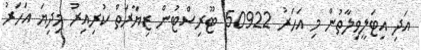
އަދި އިޓަލީވިލާތުން މި އަހަރު 50922 ޓޫރިސްޓުން ޒިޔާރަތް ކުރިއިރު މިދިޔަ އަހަރު